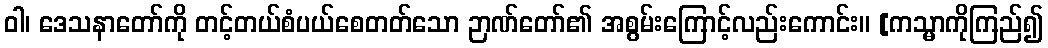
ဝါ၊ ဒေသနာတော်ကို တင့်တယ်စံပယ်စေတတ်သော ဉာဏ်တော်၏ အစွမ်းကြောင့်လည်းကောင်း။ [ကသ္မာကိုကြည်၍